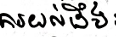
ការយល់ដឹង